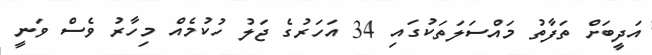
އަދީބަށް ތަފާތު މައްސަލަތަކުގައި 34 އަހަރުގެ ޖަލު ހުކުމެއް މިހާރު ވެސް ވަނީ